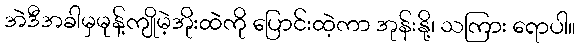
အဲဒီအခါမှမုန့်ကျိုမဲ့အိုးထဲကို ပြောင်းထဲ့ကာ အုန်းနို့၊ သကြား ရောပါ။